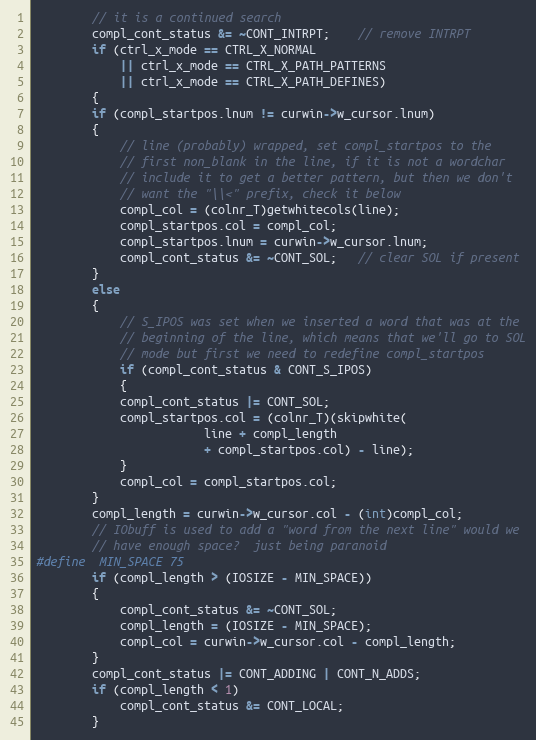
Language: C
	    // it is a continued search
	    compl_cont_status &= ~CONT_INTRPT;	// remove INTRPT
	    if (ctrl_x_mode == CTRL_X_NORMAL
		    || ctrl_x_mode == CTRL_X_PATH_PATTERNS
		    || ctrl_x_mode == CTRL_X_PATH_DEFINES)
	    {
		if (compl_startpos.lnum != curwin->w_cursor.lnum)
		{
		    // line (probably) wrapped, set compl_startpos to the
		    // first non_blank in the line, if it is not a wordchar
		    // include it to get a better pattern, but then we don't
		    // want the "\\<" prefix, check it below
		    compl_col = (colnr_T)getwhitecols(line);
		    compl_startpos.col = compl_col;
		    compl_startpos.lnum = curwin->w_cursor.lnum;
		    compl_cont_status &= ~CONT_SOL;   // clear SOL if present
		}
		else
		{
		    // S_IPOS was set when we inserted a word that was at the
		    // beginning of the line, which means that we'll go to SOL
		    // mode but first we need to redefine compl_startpos
		    if (compl_cont_status & CONT_S_IPOS)
		    {
			compl_cont_status |= CONT_SOL;
			compl_startpos.col = (colnr_T)(skipwhite(
						line + compl_length
						+ compl_startpos.col) - line);
		    }
		    compl_col = compl_startpos.col;
		}
		compl_length = curwin->w_cursor.col - (int)compl_col;
		// IObuff is used to add a "word from the next line" would we
		// have enough space?  just being paranoid
#define	MIN_SPACE 75
		if (compl_length > (IOSIZE - MIN_SPACE))
		{
		    compl_cont_status &= ~CONT_SOL;
		    compl_length = (IOSIZE - MIN_SPACE);
		    compl_col = curwin->w_cursor.col - compl_length;
		}
		compl_cont_status |= CONT_ADDING | CONT_N_ADDS;
		if (compl_length < 1)
		    compl_cont_status &= CONT_LOCAL;
	    }